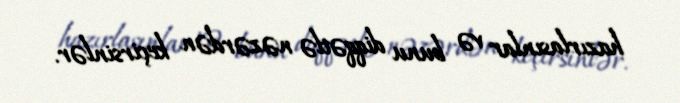
hazırlasınlar və bunu diqqətlə nəzərdən keçirsinlər.